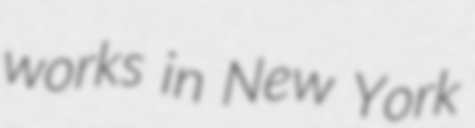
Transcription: works in New York